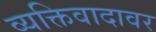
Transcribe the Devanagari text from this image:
व्यक्तिवादावर